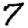
Digit: 7